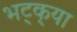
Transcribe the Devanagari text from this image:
भट्‌क्‌या